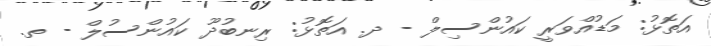
އަތޮޅު: މަޑުއްވަރީ ކައުންސިލް - ދ. އަތޮޅު: ރިނބުދޫ ކައުންސުލް - ތ.